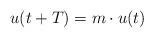
LaTeX: \begin{align*}u(t+T) = m\cdot u(t)\end{align*}